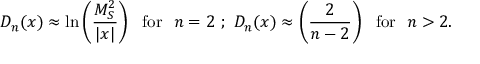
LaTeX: D _ { n } ( x ) \approx \ln \left( \frac { M _ { S } ^ { 2 } } { | x | } \right) \, \, \, \, \mathrm { f o r } \, \, \, \, n = 2 \, \, ; \, \, D _ { n } ( x ) \approx \left( \frac { 2 } { n - 2 } \right) \, \, \, \, \mathrm { f o r } \, \, \, \, n > 2 .